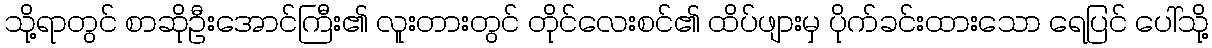
သို့ရာတွင် စာဆိုဦးအောင်ကြီး၏ လူးတားတွင် တိုင်လေးစင်၏ ထိပ်ဖျားမှ ပိုက်ခင်းထားသော ရေပြင် ပေါ်သို့